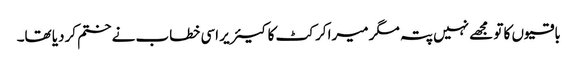
باقیوں کا تو مجھے نہیں پتہ مگر میرا کرکٹ کا کیئر یر اسی خطاب نے ختم کردیا تھا۔